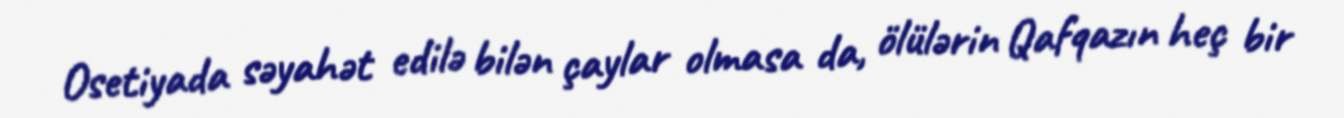
Osetiyada səyahət edilə bilən çaylar olmasa da, ölülərin Qafqazın heç bir